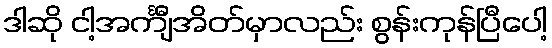
ဒါဆို ငါ့အင်္ကျီအိတ်မှာလည်း စွန်းကုန်ပြီပေါ့